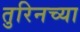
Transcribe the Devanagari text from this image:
तुरिनच्या